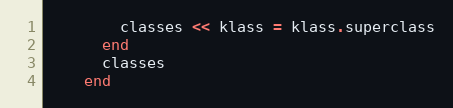
Language: Ruby
        classes << klass = klass.superclass
      end
      classes
    end